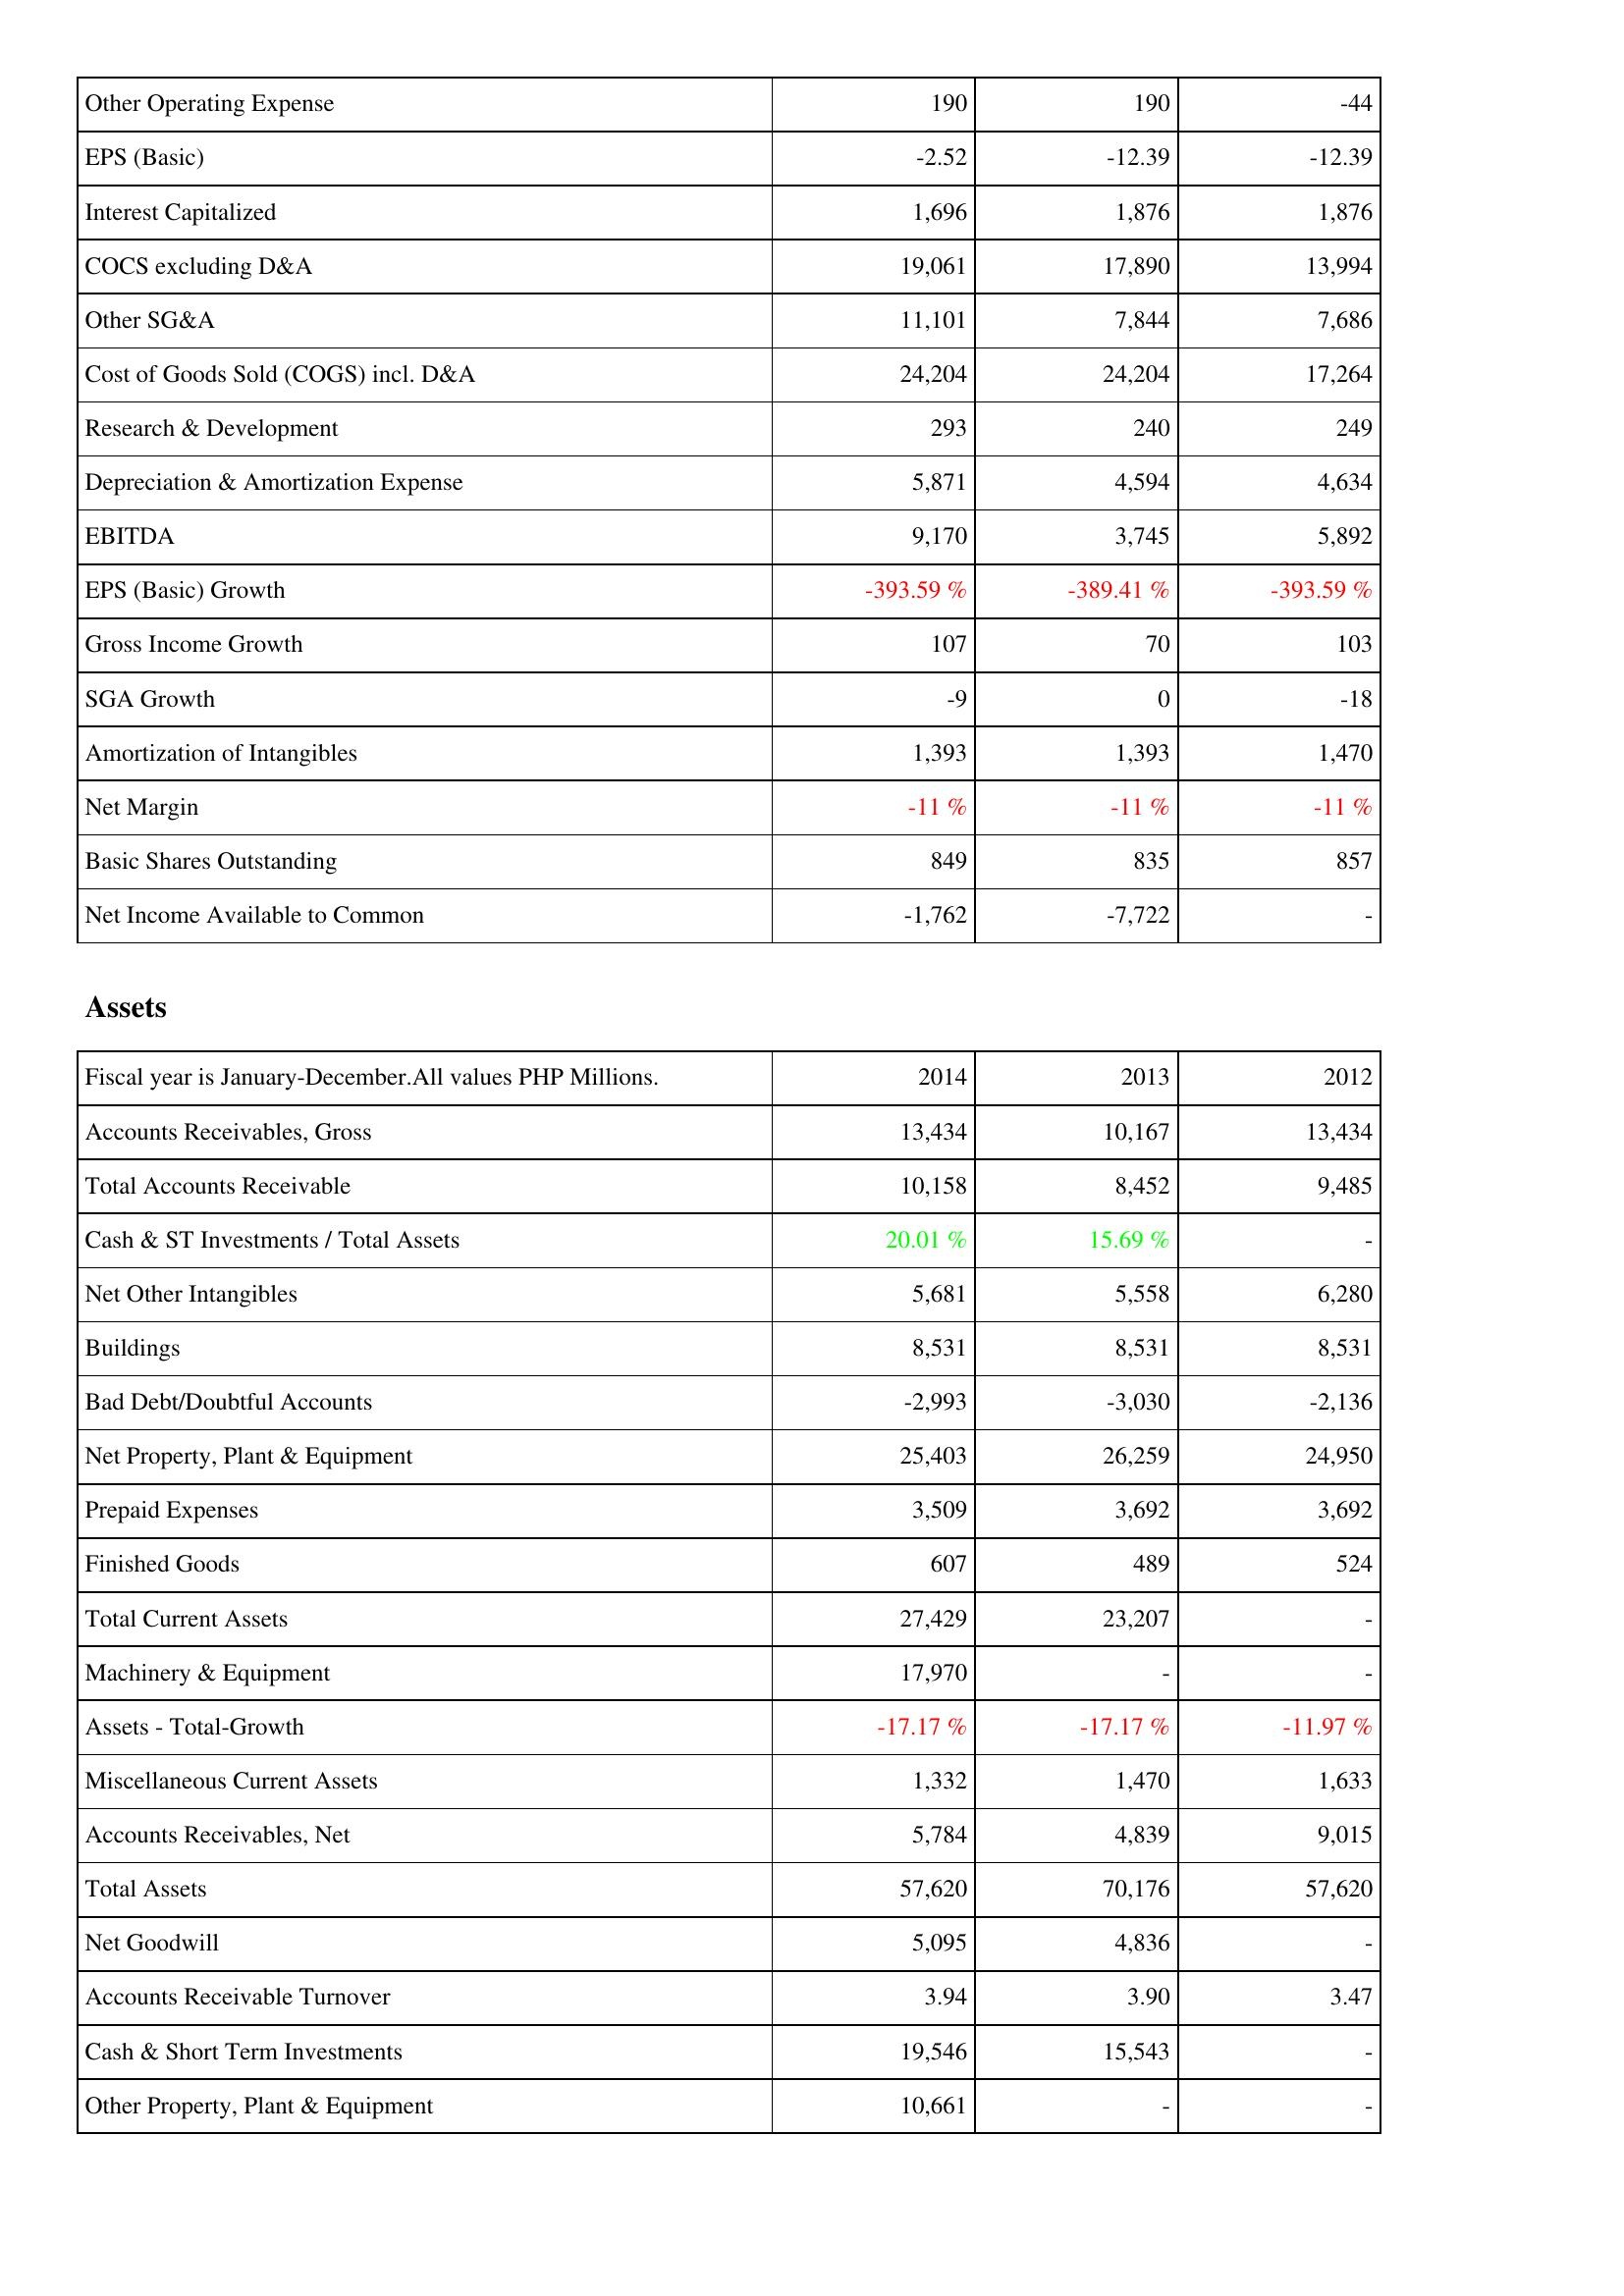
2014: Income Statement: Other Operating Expense: 190
EPS (Basic): -2.52
Interest Capitalized: 1,696
COCS excluding D&A: 19,061
Other SG&A: 11,101
Cost of Goods Sold (COGS) incl. D&A: 24,204
Research & Development: 293
Depreciation & Amortization Expense: 5,871
EBITDA: 9,170
EPS (Basic) Growth: -393.59 %
Gross Income Growth: 107
SGA Growth: -9
Amortization of Intangibles: 1,393
Net Margin: -11 %
Basic Shares Outstanding: 849
Net Income Available to Common: -1,762
Assets: Accounts Receivables, Gross: 13,434
Total Accounts Receivable: 10,158
Cash & ST Investments / Total Assets: 20.01 %
Net Other Intangibles: 5,681
Buildings: 8,531
Bad Debt/Doubtful Accounts: -2,993
Net Property, Plant & Equipment: 25,403
Prepaid Expenses: 3,509
Finished Goods: 607
Total Current Assets: 27,429
Machinery & Equipment: 17,970
Assets - Total-Growth: -17.17 %
Miscellaneous Current Assets: 1,332
Accounts Receivables, Net: 5,784
Total Assets: 57,620
Net Goodwill: 5,095
Accounts Receivable Turnover: 3.94
Cash & Short Term Investments: 19,546
Other Property, Plant & Equipment: 10,661
2013: Income Statement: Other Operating Expense: 190
EPS (Basic): -12.39
Interest Capitalized: 1,876
COCS excluding D&A: 17,890
Other SG&A: 7,844
Cost of Goods Sold (COGS) incl. D&A: 24,204
Research & Development: 240
Depreciation & Amortization Expense: 4,594
EBITDA: 3,745
EPS (Basic) Growth: -389.41 %
Gross Income Growth: 70
SGA Growth: 0
Amortization of Intangibles: 1,393
Net Margin: -11 %
Basic Shares Outstanding: 835
Net Income Available to Common: -7,722
Assets: Accounts Receivables, Gross: 10,167
Total Accounts Receivable: 8,452
Cash & ST Investments / Total Assets: 15.69 %
Net Other Intangibles: 5,558
Buildings: 8,531
Bad Debt/Doubtful Accounts: -3,030
Net Property, Plant & Equipment: 26,259
Prepaid Expenses: 3,692
Finished Goods: 489
Total Current Assets: 23,207
Machinery & Equipment: -
Assets - Total-Growth: -17.17 %
Miscellaneous Current Assets: 1,470
Accounts Receivables, Net: 4,839
Total Assets: 70,176
Net Goodwill: 4,836
Accounts Receivable Turnover: 3.90
Cash & Short Term Investments: 15,543
Other Property, Plant & Equipment: -
2012: Income Statement: Other Operating Expense: -44
EPS (Basic): -12.39
Interest Capitalized: 1,876
COCS excluding D&A: 13,994
Other SG&A: 7,686
Cost of Goods Sold (COGS) incl. D&A: 17,264
Research & Development: 249
Depreciation & Amortization Expense: 4,634
EBITDA: 5,892
EPS (Basic) Growth: -393.59 %
Gross Income Growth: 103
SGA Growth: -18
Amortization of Intangibles: 1,470
Net Margin: -11 %
Basic Shares Outstanding: 857
Net Income Available to Common: -
Assets: Accounts Receivables, Gross: 13,434
Total Accounts Receivable: 9,485
Cash & ST Investments / Total Assets: -
Net Other Intangibles: 6,280
Buildings: 8,531
Bad Debt/Doubtful Accounts: -2,136
Net Property, Plant & Equipment: 24,950
Prepaid Expenses: 3,692
Finished Goods: 524
Total Current Assets: -
Machinery & Equipment: -
Assets - Total-Growth: -11.97 %
Miscellaneous Current Assets: 1,633
Accounts Receivables, Net: 9,015
Total Assets: 57,620
Net Goodwill: -
Accounts Receivable Turnover: 3.47
Cash & Short Term Investments: -
Other Property, Plant & Equipment: -